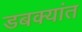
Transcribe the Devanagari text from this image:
डबक्यांत